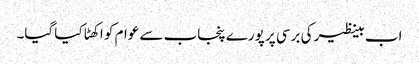
اب بینظیر کی برسی پر پورے پنجاب سے عوام کو اکھٹا کیا گیا۔